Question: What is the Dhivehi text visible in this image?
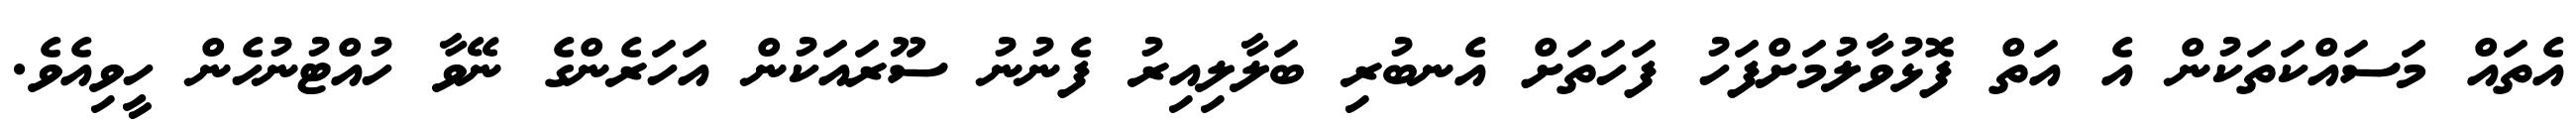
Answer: އެތައް މަސައްކަތަކުން އެ އަތް ފޮޅުވާލުމަށްފަހު ފަހަތަށް އެނބުރި ބަލާލިއިރު ފެނުނު ސޫރައަކުން އަހަރެންގެ ނޭވާ ހުއްޓުނުހެން ހީވިއެވެ.